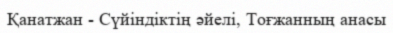
Қанатжан - Сүйіндіктің әйелі, Тоғжанның анасы